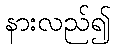
နားလည်၍